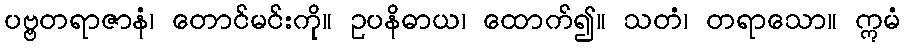
ပဗ္ဗတရာဇာနံ၊ တောင်မင်းကို။ ဥပနိဓာယ၊ ထောက်၍။ သတံ၊ တရာသော။ ဣမံ